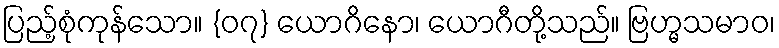
ပြည့်စုံကုန်သော။ {၀၇} ယောဂိနော၊ ယောဂီတို့သည်။ ဗြဟ္မသမာဝ၊